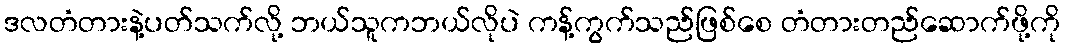
ဒလတံတားနဲ့ပတ်သက်လို့ ဘယ်သူကဘယ်လိုပဲ ကန့်ကွက်သည်ဖြစ်စေ တံတားတည်ဆောက်ဖို့ကို